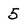
Character: 5